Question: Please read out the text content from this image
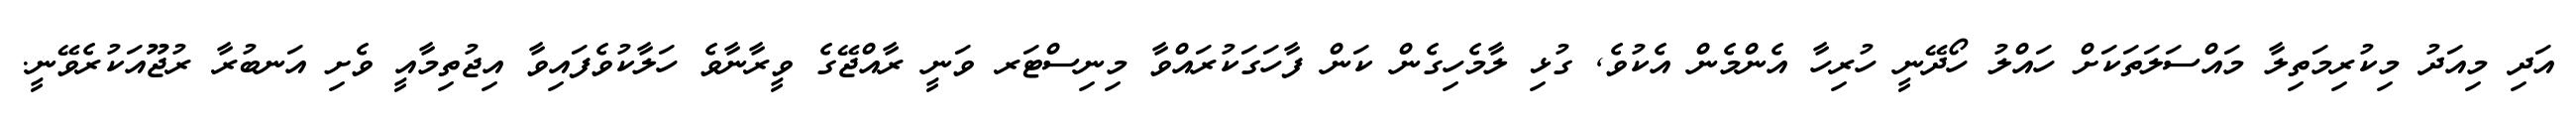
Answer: އަދި މިއަދު މިކުރިމަތިލާ މައްސަލަތަކަށް ހައްލު ހޯދޭނީ ހުރިހާ އެންމެން އެކުވެ, ގުޅި ލާމެހިގެން ކަން ފާހަގަކުރައްވާ މިނިސްޓަރ ވަނީ ރާއްޖޭގެ ވީރާނާވެ ހަލާކުވެފައިވާ އިޖުތިމާއީ ވެށި އަނބުރާ ރުޖޫއަކުރެވޭނީ.